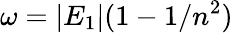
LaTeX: \omega=|E_{1}|(1-1/n^{2})